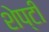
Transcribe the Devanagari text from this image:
शेप्टी